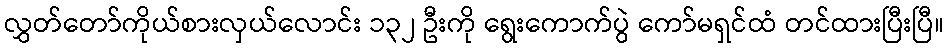
လွှတ်တော်ကိုယ်စားလှယ်လောင်း ၁၃၂ ဦးကို ရွေးကောက်ပွဲ ကော်မရှင်ထံ တင်ထားပြီးပြီ။